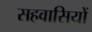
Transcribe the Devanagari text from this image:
सहवासियों